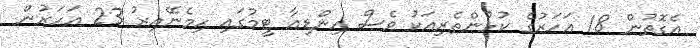
އެގޮތުން 18 އަހަރުގެ ކުޅުންތެރިއަކު ވެސް އިންޑިއާ ޓީމުގައި ހިމެނޭއިރު 23 އަހަރުން